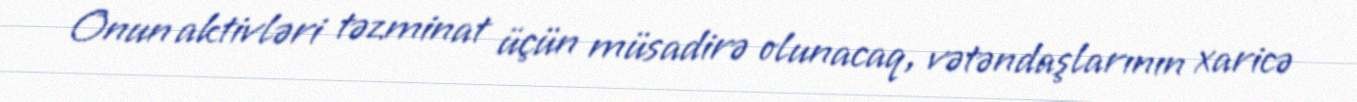
Onun aktivləri təzminat üçün müsadirə olunacaq, vətəndaşlarının xaricə